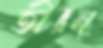
তীরন্